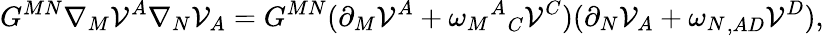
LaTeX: G^{MN}\nabla_{M}\mathcal{V}^{A}\nabla_{N}\mathcal{V}_{A}=G^{MN}(\partial_{M}\mathcal{V}^{A}+{{\omega_{M}}^{A}}_{C}\mathcal{V}^{C})(\partial_{N}\mathcal{V}_{A}+{\omega_{N}}_{,AD}\mathcal{V}^{D}),